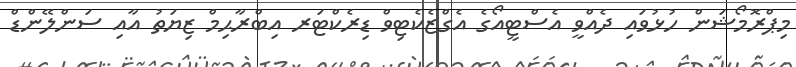
މިޕްރޮމޯޝަން ހުޅުވައި ދެއްވީ އެސްޓީއޯގެ އެގްޒެކެޓިވް ޑިރެކްޓަރ އިބްރާޙިމް ޒިޔަތު އާއި ސަންލޭންޑް